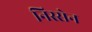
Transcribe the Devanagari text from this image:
निस्सेन